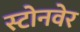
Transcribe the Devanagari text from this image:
स्टोनवेर